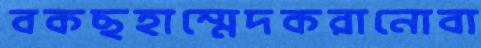
বকছহাম্মেদকরানোবা